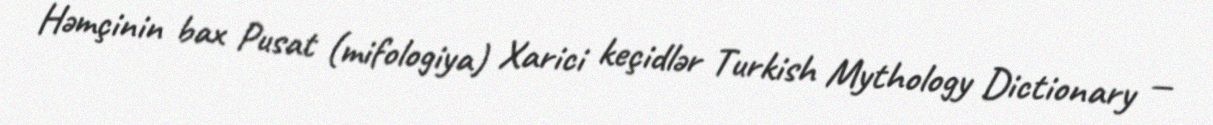
Həmçinin bax Pusat (mifologiya) Xarici keçidlər Turkish Mythology Dictionary —